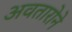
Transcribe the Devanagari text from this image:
अवतारोने